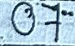
07